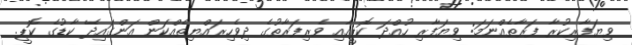
ވިޔަފާރިކުރާ ފަރާތެއްނަމަ: ވިޔަފާރި ހުއްދަ ކޮޕީއާއި ވެރިފަރާތުގެ ދިވެހިރައްޔިތެއްކަން އަންގައިދޭ ކާޑުގެ ކޮޕީ.